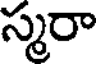
స్మరా